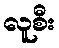
လူစီး